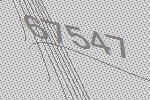
67547